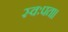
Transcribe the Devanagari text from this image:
स्वःपत॥